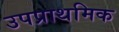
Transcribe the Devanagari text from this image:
उपप्राथमिक